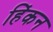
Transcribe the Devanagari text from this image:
हिंकन